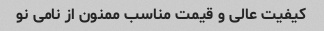
کیفیت عالی و قیمت مناسب ممنون از نامی نو